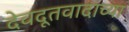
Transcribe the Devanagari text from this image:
देवदूतवादाच्या